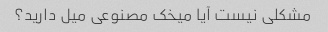
مشکلی نیست آیا میخک مصنوعی میل دارید؟